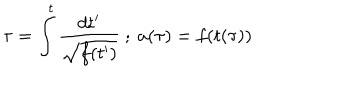
LaTeX: \tau = \int _ { } ^ { t } { \frac { d t ^ { \prime } } { \sqrt { f ( t ^ { \prime } ) } } } \ ; \ a ( \tau ) = f ( t ( \tau ) )